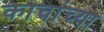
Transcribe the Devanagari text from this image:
काचांच्या